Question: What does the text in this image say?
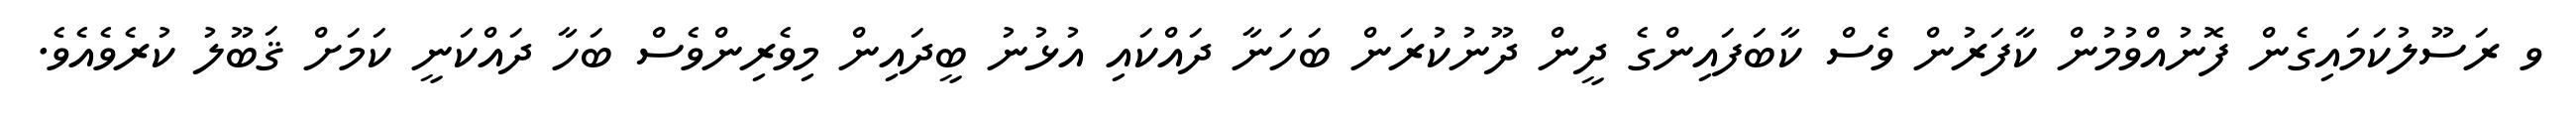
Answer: ވ ރަސޫލުކަމައިގެން ފޮނުއްވުމުން ކާފަރުން ވެސް ކާބަފައިންގެ ދީން ދޫނުކުރަން ބަހަނާ ދައްކައި އުޅުނު ބީދައިން މިވެރިންވެސް ބަހާ ދައްކަނީ ކަމަށް ޤަބޫލު ކުރެވެއެވެ.